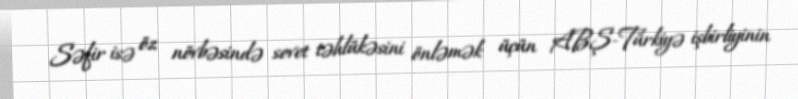
Səfir isə öz növbəsində sovet təhlükəsini önləmək üçün ABŞ-Türkiyə işbirliyinin